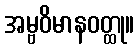
အမ္ဗဝိမာနဝတ္ထု။